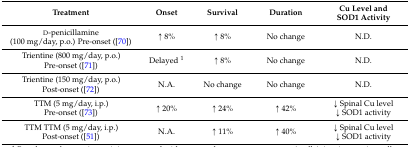
| Treatment | Onset | Survival | Duration | Cu Level and SOD1 Activity |
 | --- | --- | --- | --- | --- |
 | d-penicillamine (100 mg/day, p.o.) Pre-onset ([70]) | ↑ 8% | ↑ 8% | No change | N.D. |
 | Trientine (800 mg/day, p.o.) Pre-onset ([71]) | Delayed 1 | ↑ 8% | No change | N.D. |
 | Trientine (150 mg/day, p.o.) Post-onset ([72]) | N.A. | No change | No change | N.D. |
 | TTM (5 mg/day, i.p.) Pre-onset ([73]) | ↑ 20% | ↑ 24% | ↑ 42% | ↓ Spinal Cu level↓ SOD1 activity |
 | TTM TTM (5 mg/day, i.p.) Post-onset ([51]) | N.A. | ↑ 11% | ↑ 40% | ↓ Spinal Cu level↓ SOD1 activity |